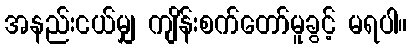
အနည်းငယ်မျှ ကျိန်းစက်တော်မူခွင့် မရပါ။